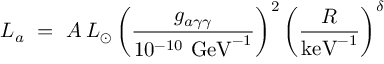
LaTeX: L _ { a } \ = \ A \, L _ { \odot } \, \bigg ( \frac { g _ { a \gamma \gamma } } { 1 0 ^ { - 1 0 } \ \mathrm { G e V } ^ { - 1 } } \bigg ) ^ { 2 } \, \bigg ( \frac { R } { \mathrm { k e V } ^ { - 1 } } \bigg ) ^ { \delta }